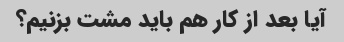
آیا بعد از کار هم باید مشت بزنیم؟